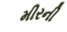
મીરની